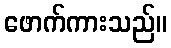
ဖောက်ကားသည်။